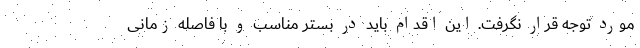
مورد توجه قرار نگرفت. این اقدام باید در بستر مناسب و با فاصله زمانی